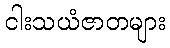
ငါးသယံဇာတများ